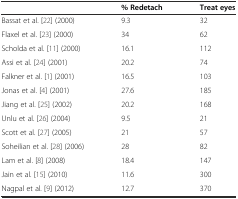
<table><thead><tr><td></td><td><b>% Redetach</b></td><td><b>Treat eyes</b></td></tr></thead><tbody><tr><td>Bassat et al. [22] (2000)</td><td>9.3</td><td>32</td></tr><tr><td>Flaxel et al. [23] (2000)</td><td>34</td><td>62</td></tr><tr><td>Scholda et al. [11] (2000)</td><td>16.1</td><td>112</td></tr><tr><td>Assi et al. [24] (2001)</td><td>20.2</td><td>74</td></tr><tr><td>Falkner et al. [1] (2001)</td><td>16.5</td><td>103</td></tr><tr><td>Jonas et al. [4] (2001)</td><td>27.6</td><td>185</td></tr><tr><td>Jiang et al. [25] (2002)</td><td>20.2</td><td>168</td></tr><tr><td>Unlu et al. [26] (2004)</td><td>9.5</td><td>21</td></tr><tr><td>Scott et al. [27] (2005)</td><td>21</td><td>57</td></tr><tr><td>Soheilian et al. [28] (2006)</td><td>28</td><td>82</td></tr><tr><td>Lam et al. [8] (2008)</td><td>18.4</td><td>147</td></tr><tr><td>Jain et al. [15] (2010)</td><td>11.6</td><td>300</td></tr><tr><td>Nagpal et al. [9] (2012)</td><td>12.7</td><td>370</td></tr></tbody></table>